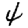
Digit: 4